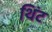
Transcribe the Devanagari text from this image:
थिंट